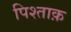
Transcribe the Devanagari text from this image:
पिश्ताक़